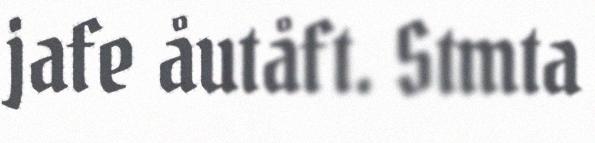
jafe åutåft. Stmta